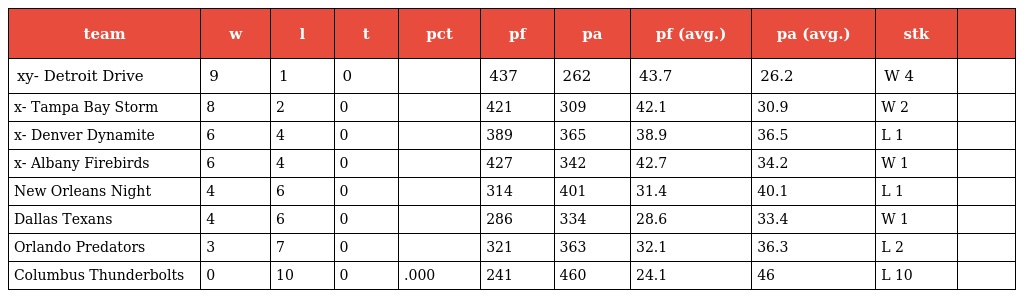
| team | w | l | t | pct | pf | pa | pf (avg.) | pa (avg.) | stk |  |
 | --- | --- | --- | --- | --- | --- | --- | --- | --- | --- | --- |
 | xy- Detroit Drive | 9 | 1 | 0 |  | 437 | 262 | 43.7 | 26.2 | W 4 |  |
 | x- Tampa Bay Storm | 8 | 2 | 0 |  | 421 | 309 | 42.1 | 30.9 | W 2 |  |
 | x- Denver Dynamite | 6 | 4 | 0 |  | 389 | 365 | 38.9 | 36.5 | L 1 |  |
 | x- Albany Firebirds | 6 | 4 | 0 |  | 427 | 342 | 42.7 | 34.2 | W 1 |  |
 | New Orleans Night | 4 | 6 | 0 |  | 314 | 401 | 31.4 | 40.1 | L 1 |  |
 | Dallas Texans | 4 | 6 | 0 |  | 286 | 334 | 28.6 | 33.4 | W 1 |  |
 | Orlando Predators | 3 | 7 | 0 |  | 321 | 363 | 32.1 | 36.3 | L 2 |  |
 | Columbus Thunderbolts | 0 | 10 | 0 | .000 | 241 | 460 | 24.1 | 46 | L 10 |  |